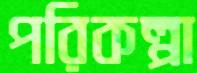
পরিকল্পা